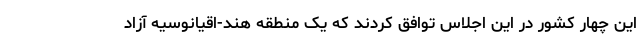
این چهار کشور در این اجلاس توافق کردند که یک منطقه هند-اقیانوسیه آزاد